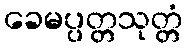
ခေမပ္ပတ္တသုတ္တံ